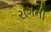
રાગની